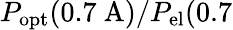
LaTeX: P_{\mathrm{opt}}(0.7\mathrm{~A})/P_{\mathrm{el}}(0.7